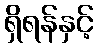
ရှိရန်နှင့်